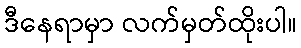
ဒီနေရာမှာ လက်မှတ်ထိုးပါ။